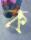
ক